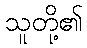
သူတို့၏